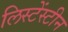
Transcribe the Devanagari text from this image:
लिस्टेंस्टीन